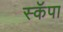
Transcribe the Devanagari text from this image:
स्कॅपा